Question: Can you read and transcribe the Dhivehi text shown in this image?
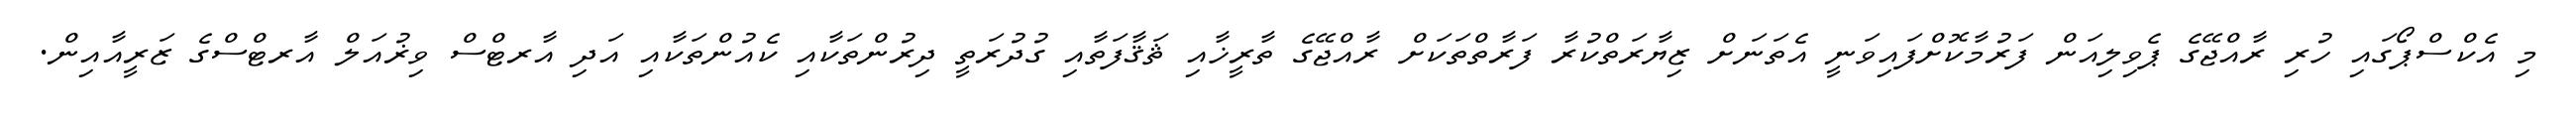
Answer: މި އެކްސްޕޯގައި ހުރި ރާއްޖޭގެ ޕެވިލިއަން ފަރުމާކޮށްފައިވަނީ އެތަނަށް ޒިޔާރަތްކުރާ ފަރާތްތަކަށް ރާއްޖޭގެ ތާރީޚާއި ޘަޤާފަތާއި ގުދުރަތީ ދިރުންތަކާއި ކެއުންތަކާއި އަދި އާރޓްސް ވިޜުއަލް އާރޓްސްގެ ޒަރީއާއިން.